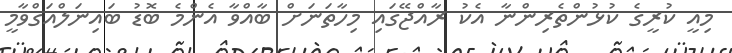
މިއީ ކުރީގެ ކުޅުންތެރިންނާ އެކު ރާއްޖޭގައި މިހާތަނަށް ބާއްވާ އެންމެ ބޮޑު ބައިނަލްއަގްވާމީ